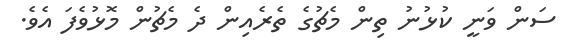
ސަން ވަނީ ކުޅުނު ތިން މެޗުގެ ތެރެއިން ދެ މެޗުން މޮޅުވެފަ އެވެ.